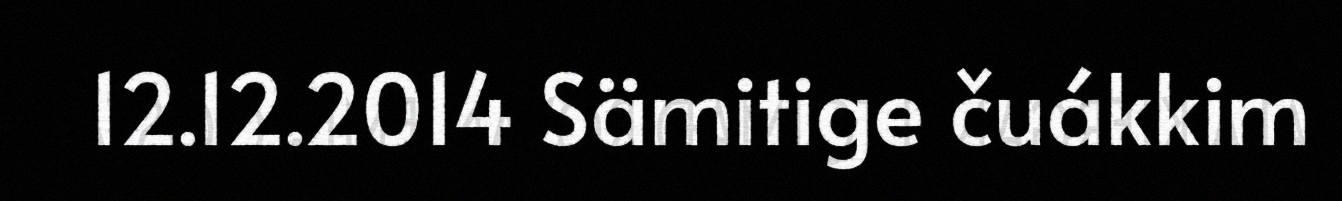
12.12.2014 Sämitige čuákkim